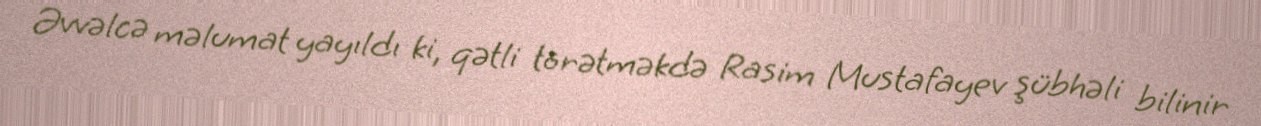
Əvvəlcə məlumat yayıldı ki, qətli törətməkdə Rasim Mustafayev şübhəli bilinir